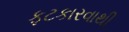
ફટકારવાથી